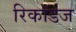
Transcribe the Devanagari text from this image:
रिकॉर्डज